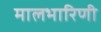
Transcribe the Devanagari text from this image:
मालभारिणी